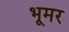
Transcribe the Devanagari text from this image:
भूमर